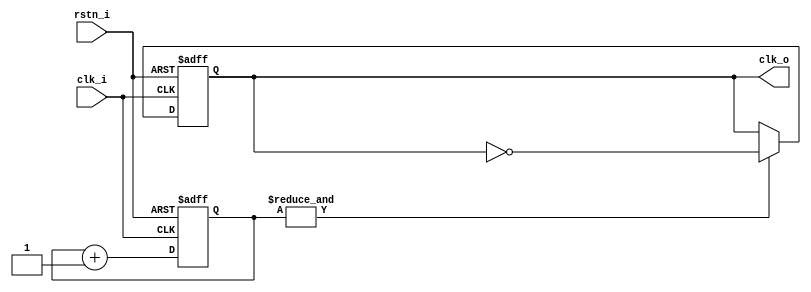
//-----------------------------------------------------
// ProjectName: ASIC watch 
// Description: Clock down  from external crystal to 0.5Hz
// Coder      : G.Cabo
// References :
//-----------------------------------------------------
`default_nettype none
`timescale 1 ns / 1 ps

`ifndef SYNT
    `ifdef FORMAL 
        `define ASSERTIONS
    `endif
`endif

module crystal2hz (
    input wire rstn_i, // active low
    input wire clk_i, // 32.768 KHz
    output reg clk_o //1Hz
);

//free running counter
reg [14:0] count_int;
always @(posedge clk_i, negedge rstn_i) begin : count_15bit
            if (!rstn_i) begin
                count_int <= 0;
            end else begin
                count_int <= count_int+1;  
            end
end

//Clock divider
always @(posedge clk_i, negedge rstn_i) begin: clk_div
            if (!rstn_i) begin
                clk_o <= 1;
            end else begin
                if (&count_int == 1 ) begin // if and reduction is 1
                    clk_o <= ~clk_o;
                end else begin
                    clk_o <= clk_o;
                end
            end
end


endmodule